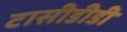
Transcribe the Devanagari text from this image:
टासीडीडी